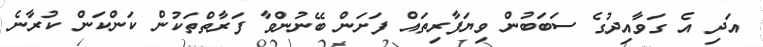
އަދި އެ ގަވާއިދުގެ ސަބަބުން ވިޔަފާރިތައް ފަށަން ބޭނުންވާ ފަރާތްތަކުން ކަންކަން ކުރާނެ